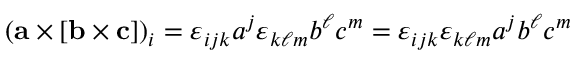
( \mathbf { a } \times [ \mathbf { b } \times \mathbf { c } ] ) _ { i } = \varepsilon _ { i j k } a ^ { j } \varepsilon _ { k \ell m } b ^ { \ell } c ^ { m } = \varepsilon _ { i j k } \varepsilon _ { k \ell m } a ^ { j } b ^ { \ell } c ^ { m }